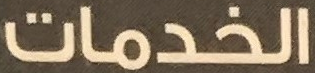
الخدمات